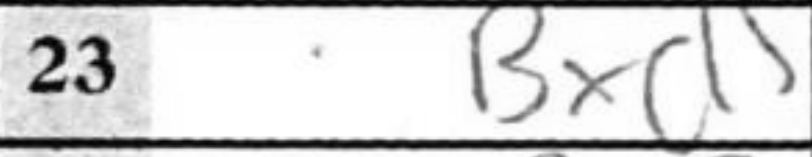
Transcription: Bxd5